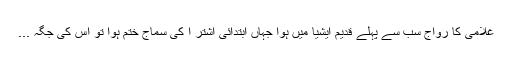
غلامی کا رواج سب سے پہلے قدیم ایشیا میں ہوا جہاں ابتدائی اشتر ا کی سماج ختم ہوا تو اس کی جگہ ...